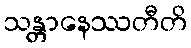
သန္တာနေဿတီတိ